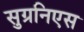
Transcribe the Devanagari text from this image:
सुग्रनिएस